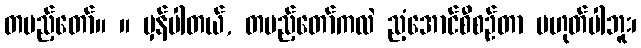
တပည့်တော်။ ။ မှန်ပါတယ်, တပည့်တော်ကလဲ ညံ့အောင်စီစဉ်တာ မဟုတ်ပါဘူး၊